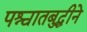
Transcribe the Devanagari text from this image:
पश्चातबुद्धीने